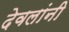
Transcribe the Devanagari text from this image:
देवलांनी